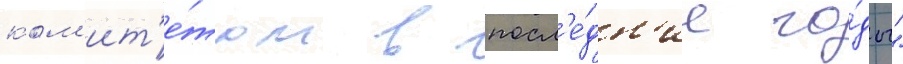
ком'ит'е́том в посл'е́дн'ие го́ды"